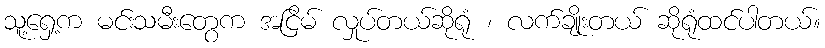
သူ့ရှေ့က မင်းသမီးတွေက အငြိမ် လှုပ်တယ်ဆိုရုံ ၊ လက်ချိုးတယ် ဆိုရုံထင်ပါတယ်။